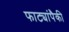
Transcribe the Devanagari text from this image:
फाट्यांपैकी